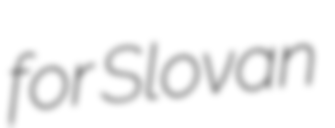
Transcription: for Slovan